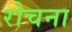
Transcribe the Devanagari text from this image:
रोचना